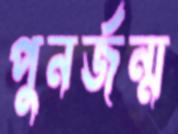
পুনর্জন্ম